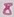
Text: 8